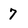
Character: 7